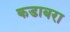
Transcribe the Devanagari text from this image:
कडाबरा